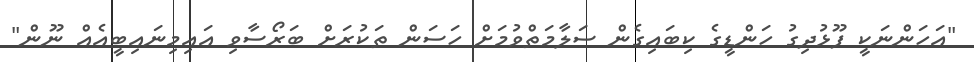
"އަހަންނަކީ ފޫޅުދިގު ހަންޑީގެ ކިބައިގެން ސަލާމަތްވުމަށް ހަސަން ތަކުރަށް ބަރޯސާވި އައިމިނައިބީއެއް ނޫން"